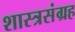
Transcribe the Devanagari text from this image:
शास्त्रसंग्रह